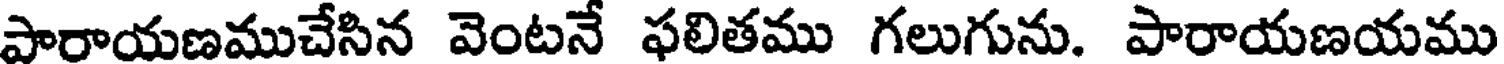
పారాయణముచేసిన వెంటనే ఫలితము గలుగును. పారాయణయము